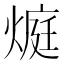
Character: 𭵬